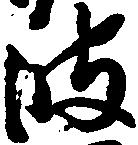
波